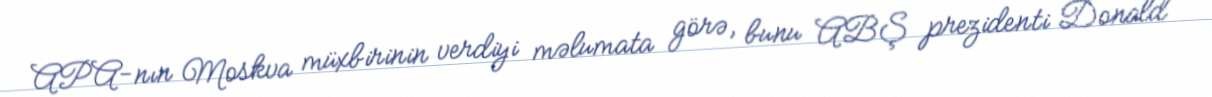
APA-nın Moskva müxbirinin verdiyi məlumata görə, bunu ABŞ prezidenti Donald